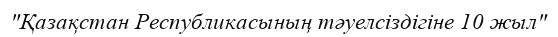
"Қазақстан Республикасының тәуелсіздігіне 10 жыл"